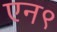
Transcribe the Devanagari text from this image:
एन९